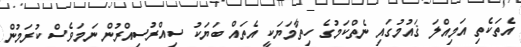
އެތަކެތި އަމިއްލަ ޤައުމުގައި ނެތްކަމުގެ ހިތާމަޔަކީ އެތައް ބަޔަކު ސިއްރުސިއްރުން ނަމަވެސް ކުރަމުން